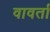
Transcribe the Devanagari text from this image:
वावर्ता